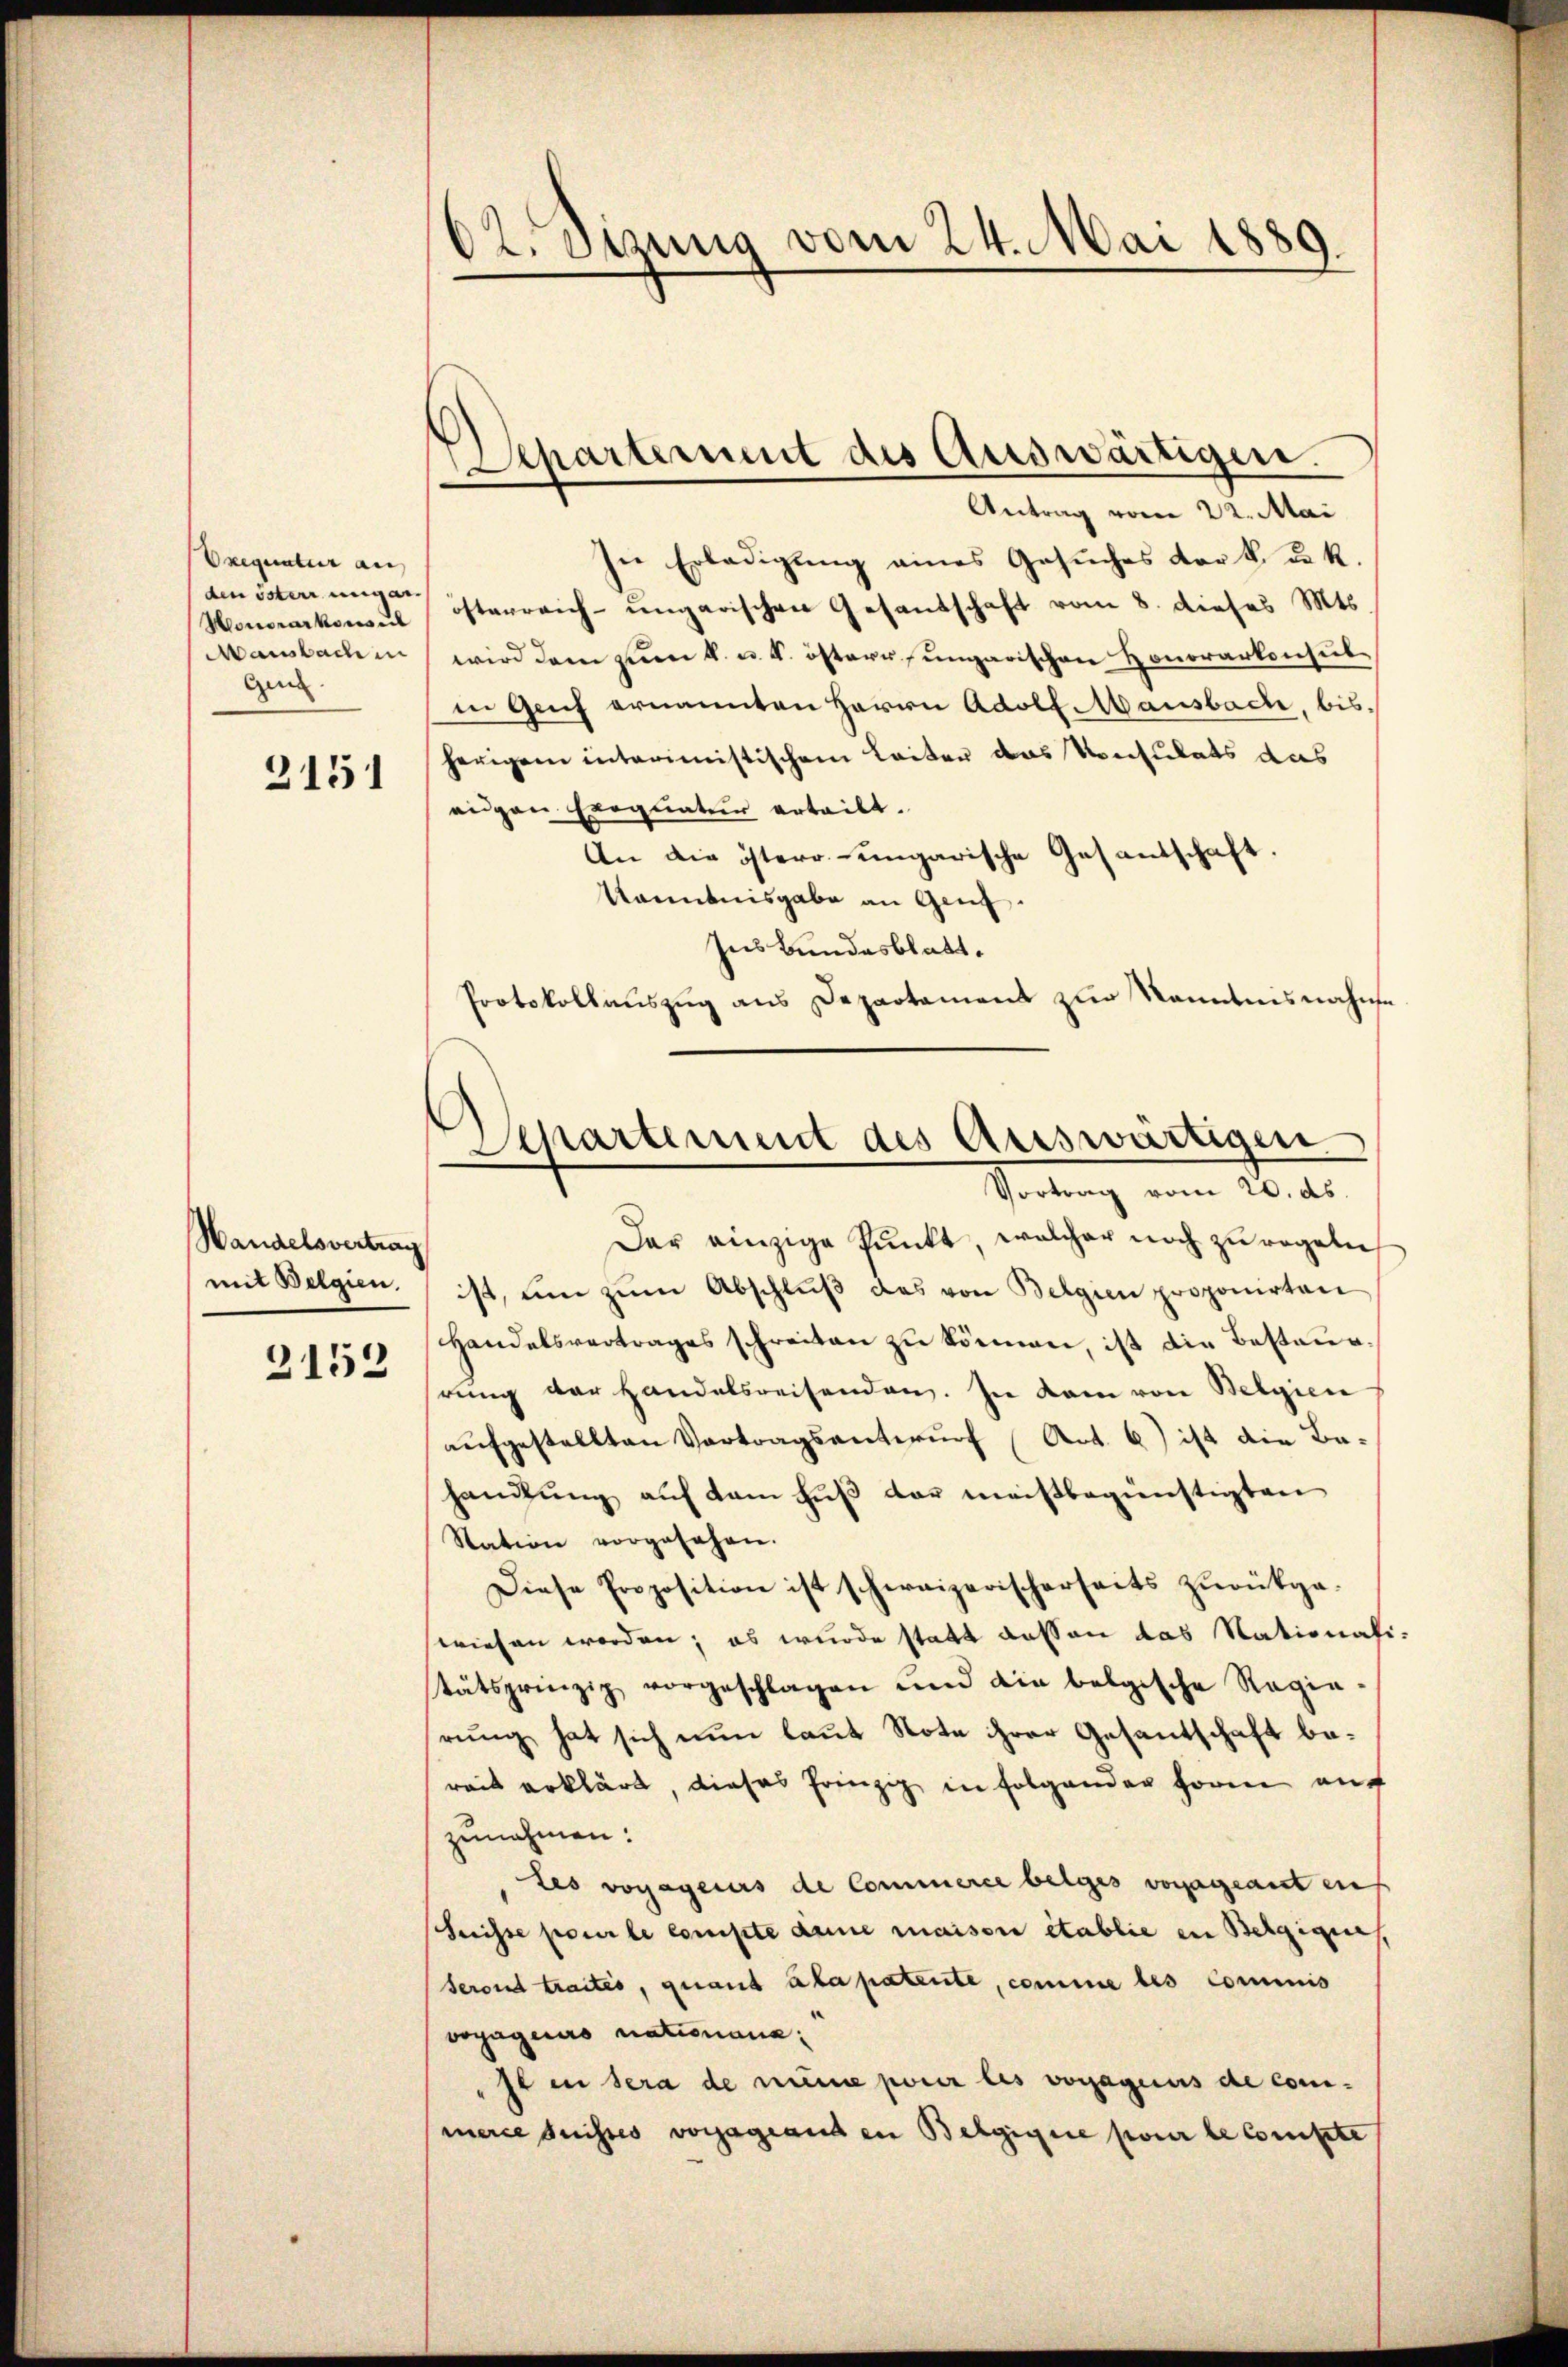
Exequatur auf
den österr ungar
gen

3151

Handelsvertrag
2152

02. Sizung vom 24. Mai 1889.

Departement des Auswärtigen.

Antrag vom 22. Mai
In Erledigung eines Gesuches der k. u. k.
Honorakau österreich-ungarischen Gesandschaft vom 8. dieses Mts.
Mansbachen wird dem zum k. u. k. östern, ungarischen Honorarkonsubin Gech ernannten Herrn Adolf ausbach, bis
herigen interimistischen Leiter das Konsulats das
eugen Exequatur erteilt.
An die östere ungarische Gesandschaft
känntnisgabe an Genf.
Ins Bundesblatt.
Protokollauszug aus Departament zur Kenntnisnahme

Departement des Auswärtigen.
Vortrag vom 20. ds.

Der einzige Punkt, welcher noch zu regeln
mit Belgien ist, um zŭm Abschlŭβ das von Belgien proponirten
Handelsvertrages schreiben zu können, ist die Bestaugrung der Handelsreisenden. In dem von Belgien
aŭfgestellten Vertragsentwurf (Art. 6) ist die Bahandlung auf dem Fuß der meistbegünstigten
Station vorgesehen.
Diese Proposition ist schereizerischerseits zŭrükga-
wiesen worden; es wurde statt dessen das Stationali-
tätsprinzip vorgeschlagen und die belgische Regie-
rŭng hat sich nun laŭt Note ihrer Gesantschaft be-
reit erklärt dieses Prinzip in Folgender hören auf
zunahmen:
Les voyageurs de Commerce beiges vornageant aus
Suisse pour le compte deine maison établie in Belgiques,
Seront traités, quant à la patente, comme les commis
voyageurs nationana:
"st in sera de meine pour les vorjageurs de commerce suisses vorjageanden Belgigire pour le compte